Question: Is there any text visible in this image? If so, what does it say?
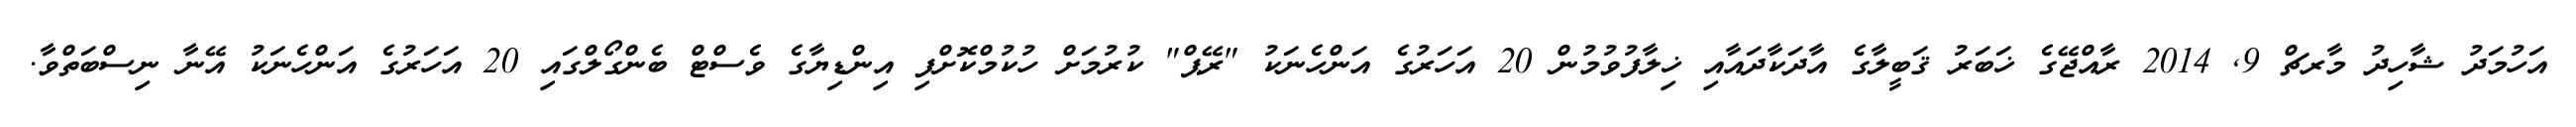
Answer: އަހުމަދު ޝާހިދު މާރޗް 9, 2014 ރާއްޖޭގެ ޚަބަރު ޤަބީލާގެ އާދަކާދައާއި ޚިލާފުވުމުން 20 އަހަރުގެ އަންހެނަކު "ރޭޕް" ކުރުމަށް ހުކުމްކޮށްފި އިންޑިޔާގެ ވެސްޓް ބެންގޯލްގައި 20 އަހަރުގެ އަންހެނަކު އޭނާ ނިސްބަތްވާ.